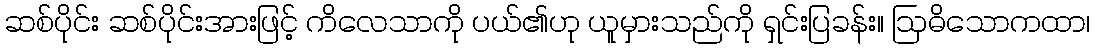
ဆစ်ပိုင်း ဆစ်ပိုင်းအားဖြင့် ကိလေသာကို ပယ်၏ဟု ယူမှားသည်ကို ရှင်းပြခန်း။ ဩဓိသောကထာ၊